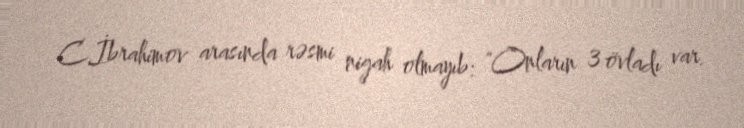
C.İbrahimov arasında rəsmi nigah olmayıb: "Onların 3 övladı var.